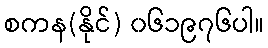
စကန(နိုင်) ၀၆၁၉၇၆ပါ။